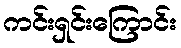
ကင်းရှင်းကြောင်း